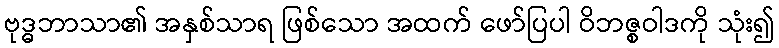
ဗုဒ္ဓဘာသာ၏ အနှစ်သာရ ဖြစ်သော အထက် ဖော်ပြပါ ဝိဘဇ္စဝါဒကို သုံး၍